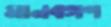
মানবগণ